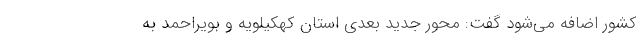
کشور اضافه می‌شود گفت: محور جدید بعدی استان کهکیلویه و بویراحمد به